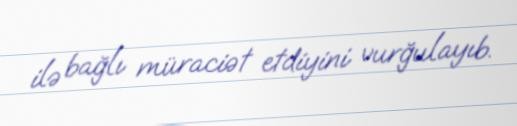
ilə bağlı müraciət etdiyini vurğulayıb.